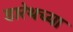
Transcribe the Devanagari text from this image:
डारेथच्या